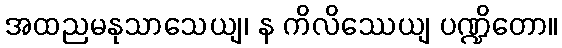
အထညမနုသာသေယျ၊ န ကိလိဿေယျ ပဏ္ဍိတော။